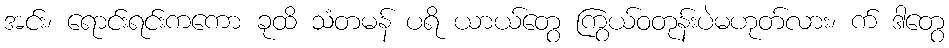
အင်း၊ ရောင်းရင်းကကော ခုထိ သံတမန် ပရိ ယာယ်တွေ ကြွယ်ဝတုန်းပဲမဟုတ်လား၊ က် ဒါတွေ